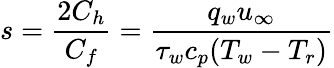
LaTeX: s=\frac{2C_{h}}{C_{f}}=\frac{q_{w}u_{\infty}}{\tau_{w}c_{p}(T_{w}-T_{r})}